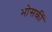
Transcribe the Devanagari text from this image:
भोसकीं